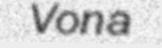
Vona